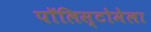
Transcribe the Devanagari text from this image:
पॉलिस्टोमेला